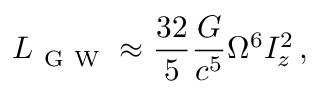
L _ { \mathrm { ~ G ~ W ~ } } \approx \frac { 3 2 } { 5 } \frac { G } { c ^ { 5 } } \Omega ^ { 6 } I _ { z } ^ { 2 } \, ,